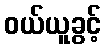
ဝယ်ယူခွင့်